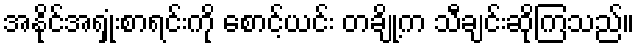
အနိုင်အရှုံးစာရင်းကို စောင့်ယင်း တချို့က သီချင်းဆိုကြသည်။